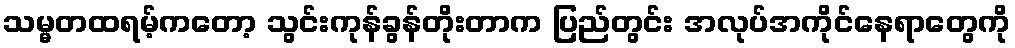
သမ္မတထရမ့်ကတော့ သွင်းကုန်ခွန်တိုးတာက ပြည်တွင်း အလုပ်အကိုင်နေရာတွေကို